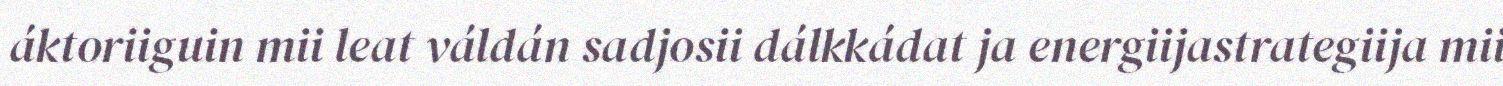
áktoriiguin mii leat váldán sadjosii dálkkádat ja energiijastrategiija mii